Annual vaccination report of Bihar and Orissa - 1911-1928
Year: 1911
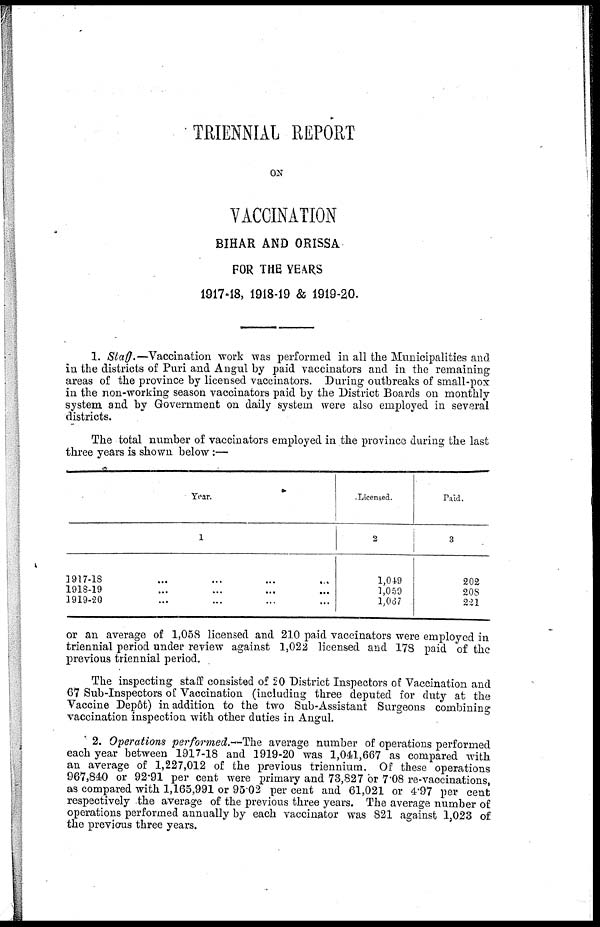
TRIENNIAL REPORT
ON
VACCINATION
BIHAR AND ORISSA
FOR THE YEARS
1917-18, 1918-19 & 1919-20.
1. Staff.—Vaccination work was performed in all the Municipalities and
in the districts of Puri and Angul by paid vaccinators and in the remaining
areas of the province by licensed vaccinators. During outbreaks of small-pox
in the non-working season vaccinators paid by the District Boards on monthly
system and by Government on daily system were also employed in several
districts.
The total number of vaccinators employed in the province during the last
three years is shown below:—
Year.
1
1917-18 ... ... ... ...
1918-19 ... ... ... ...
1919-20 ... ... ... ...
Licensed.
2
1,049
1,059
1,067
Paid.
3
202
208
221
or an average of 1,058 licensed and 210 paid vaccinators were employed in
triennial period under review against 1,022 licensed and 178 paid of the
previous triennial period.
The inspecting staff consisted of 20 District Inspectors of Vaccination and
67 Sub-Inspectors of Vaccination (including three deputed for duty at the
Vaccine Depôt) in addition to the two Sub-Assistant Surgeons combining
vaccination inspection with other duties in Angul.
2. Operations performed.—The average number of operations performed
each year between 1917-18 and 1919-20 was 1,041,667 as compared with
an average of 1,227,012 of the previous triennium. Of these operations
967,840 or 92.91 per cent were primary and 73,827 or 7.08 re-vaccinations,
as compared with 1,165,991 or 95.02 per cent and 61,021 or 4.97 per cent
respectively the average of the previous three years. The average number of
operations performed annually by each vaccinator was 821 against 1,023 of
the previous three years.